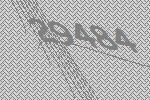
29484